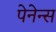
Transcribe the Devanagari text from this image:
पेनेन्स